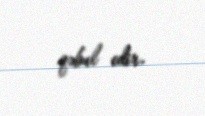
qəbul edir.